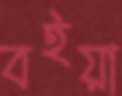
বইয়া